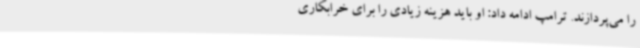
را می‌پردازند. ترامپ ادامه داد: او باید هزینه زیادی را برای خرابکاری